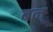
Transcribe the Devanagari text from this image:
बन्